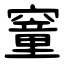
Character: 䆹